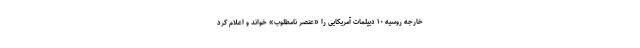
خارجه روسیه ۱۰ دیپلمات آمریکایی را «عنصر نامطلوب» خواند و اعلام کرد